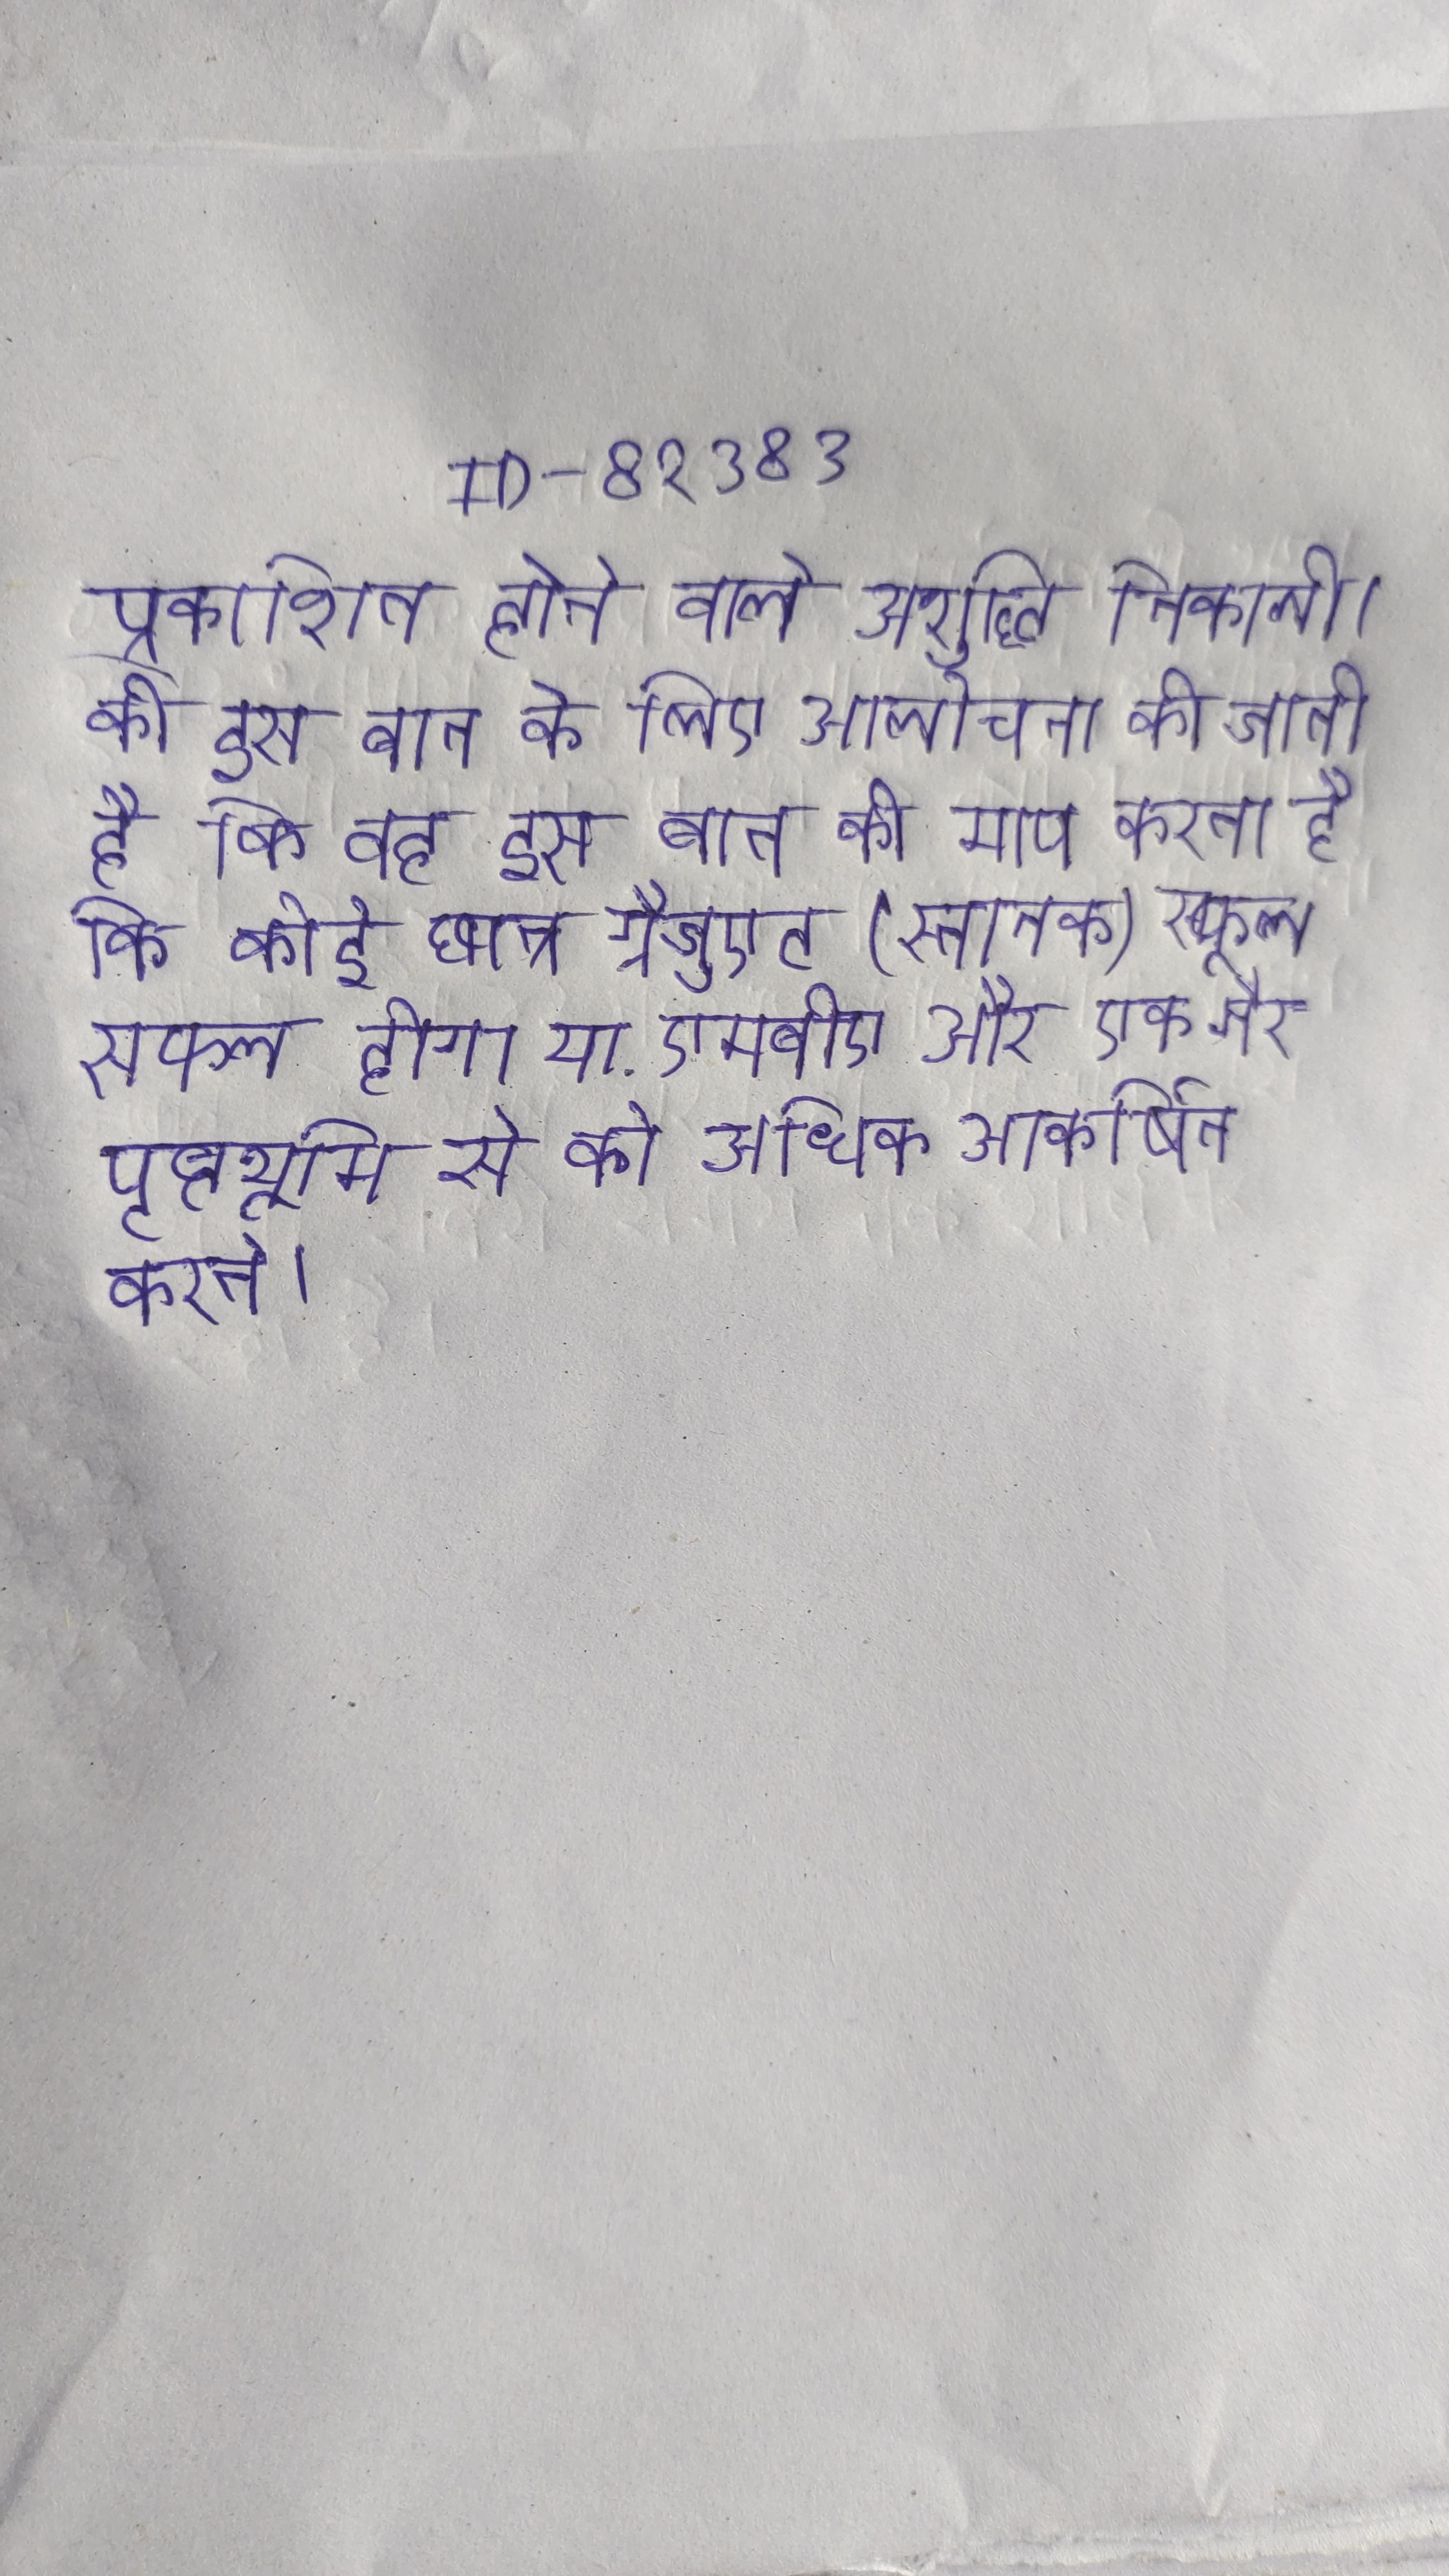
प्रकाशित होने वाले अशुद्धि निकाली । की इस बात के लिए आलोचना की जाती है कि वह इस बात की माप करता है कि कोई छात्र ग्रैजुएट (स्नातक) स्कूल सफल होगा या . एमबीए और एक गैर पृष्ठभूमि से को अधिक आकर्षित करते ।